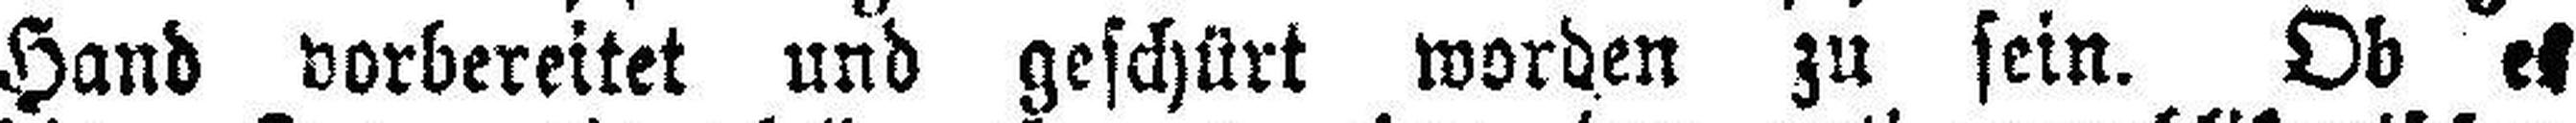
Hand vorbereitet und geschürt worden zu sein. Ob es